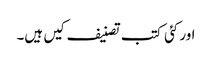
اور کئی کتب تصنیف کیں ہیں۔